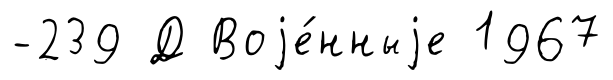
-239 Д Воjе́нныjе 1967